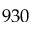
9 3 0